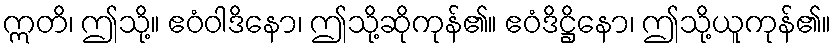
ဣတိ၊ ဤသို့။ ဧဝံဝါဒိနော၊ ဤသို့ဆိုကုန်၏။ ဧဝံဒိဋ္ဌိနော၊ ဤသို့ယူကုန်၏။